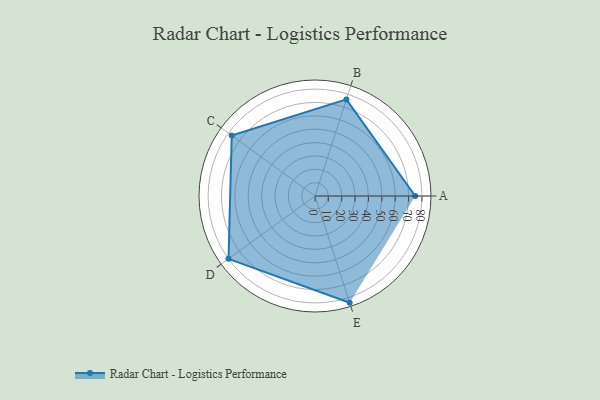
{"axis": {"x": "Skill", "y": "Score"}, "legend": ["Profile"], "data": [{"x": "A", "y": 75.0, "type": "Profile"}, {"x": "B", "y": 76.0, "type": "Profile"}, {"x": "C", "y": 77.0, "type": "Profile"}, {"x": "D", "y": 80.0, "type": "Profile"}, {"x": "E", "y": 84.0, "type": "Profile"}]}